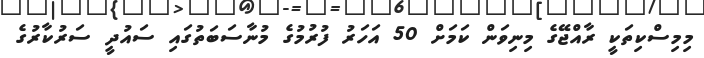
މިމިސްކިތަކީ ރާއްޖޭގެ މިނިވަން ކަމަށް 50 އަހަރު ފުރުމުގެ މުނާސަބަތުގައި ސައުދީ ސަރުކާރުގެ